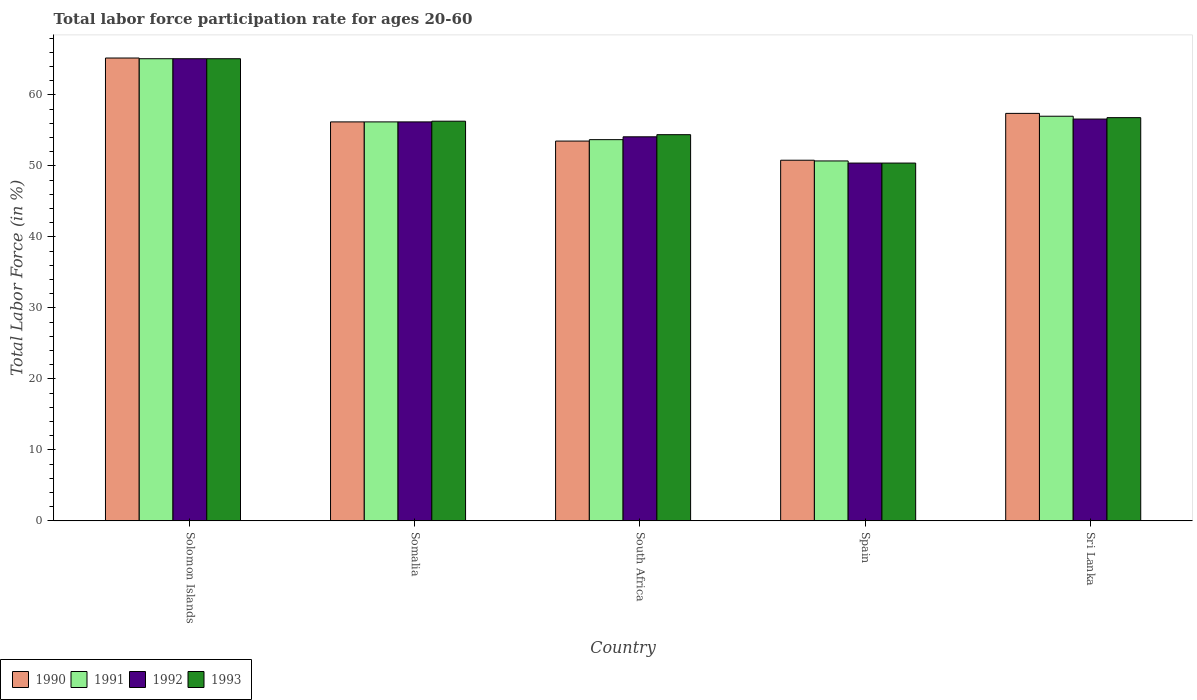
| Country | 1990 | 1991 | 1992 | 1993 |
 | --- | --- | --- | --- | --- |
 | Solomon Islands | 65.2 | 65.1 | 65.1 | 65.1 |
 | Somalia | 56.2 | 56.2 | 56.2 | 56.3 |
 | South Africa | 53.5 | 53.7 | 54.1 | 54.4 |
 | Spain | 50.8 | 50.7 | 50.4 | 50.4 |
 | Sri Lanka | 57.4 | 57 | 56.6 | 56.8 |